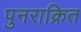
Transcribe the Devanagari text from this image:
पुनराक्रित